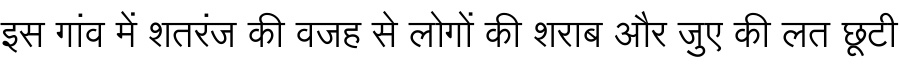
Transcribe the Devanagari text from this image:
इस गांव में शतरंज की वजह से लोगों की शराब और जुए की लत छूटी